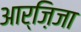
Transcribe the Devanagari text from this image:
आर्ज़िजा